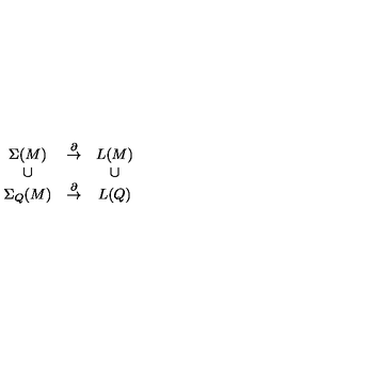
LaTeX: \begin{array} { c c c } { \Sigma ( M ) } & { \stackrel { \partial } { \to } } & { L ( M ) } \\ { \cup } & { } & { \cup } \\ { \Sigma _ { Q } ( M ) } & { \stackrel { \partial } { \to } } & { L ( Q ) } \\ \end{array}